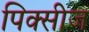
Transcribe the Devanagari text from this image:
पिक्सीज